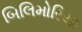
બિલિમોરિયા